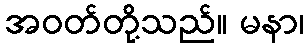
အဝတ်တို့သည်။ မနာ၊